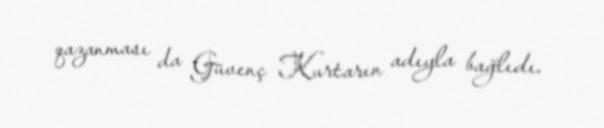
qazanması da Güvenç Kurtarın adıyla bağlıdı.